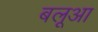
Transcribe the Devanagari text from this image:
बलूआ